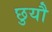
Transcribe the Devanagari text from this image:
छुयौ